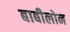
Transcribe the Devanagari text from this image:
बाबीलोन